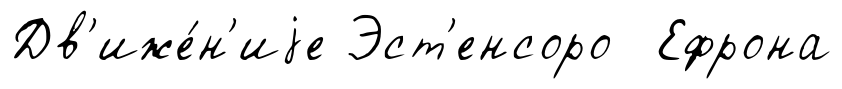
Дв'иже́н'иjе Эст'енсоро Ефрона